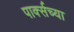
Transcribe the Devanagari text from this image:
पार्क्सच्या